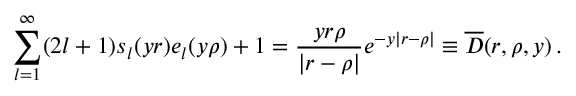
\sum _ { l = 1 } ^ { \infty } ( 2 l + 1 ) s _ { l } ( y r ) e _ { l } ( y \rho ) + 1 = \frac { y r \rho } { | r - \rho | } e ^ { - y | r - \rho | } \equiv \overline { { { \cal D } } } ( r , \rho , y ) \, { . }